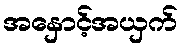
အနှောင့်အယှက်